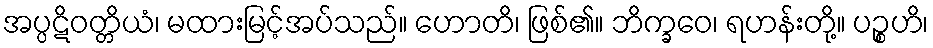
အပ္ပဋိဝတ္တိယံ၊ မထားမြင့်အပ်သည်။ ဟောတိ၊ ဖြစ်၏။ ဘိက္ခဝေ၊ ရဟန်းတို့။ ပဉ္စဟိ၊